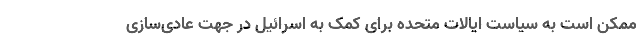
ممکن است به سیاست ایالات متحده برای کمک به اسرائیل در جهت عادی‌سازی